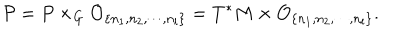
{ \cal P } = P \times _ { G } { \cal O } _ { \{ n _ { 1 } , n _ { 2 } , \cdots , n _ { l } \} } = T ^ { * } M \times { \cal O } _ { \{ n _ { 1 } , n _ { 2 } , \cdots , n _ { l } \} } .